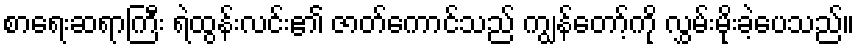
စာရေးဆရာကြီး ရဲထွန်းလင်း၏ ဇာတ်ကောင်သည် ကျွန်တော့်ကို လွှမ်းမိုးခဲ့ပေသည်။